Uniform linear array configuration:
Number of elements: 12
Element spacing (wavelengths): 0.75
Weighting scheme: uniform
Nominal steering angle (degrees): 60
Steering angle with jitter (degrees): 61.161
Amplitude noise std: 0.05
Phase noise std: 0.05

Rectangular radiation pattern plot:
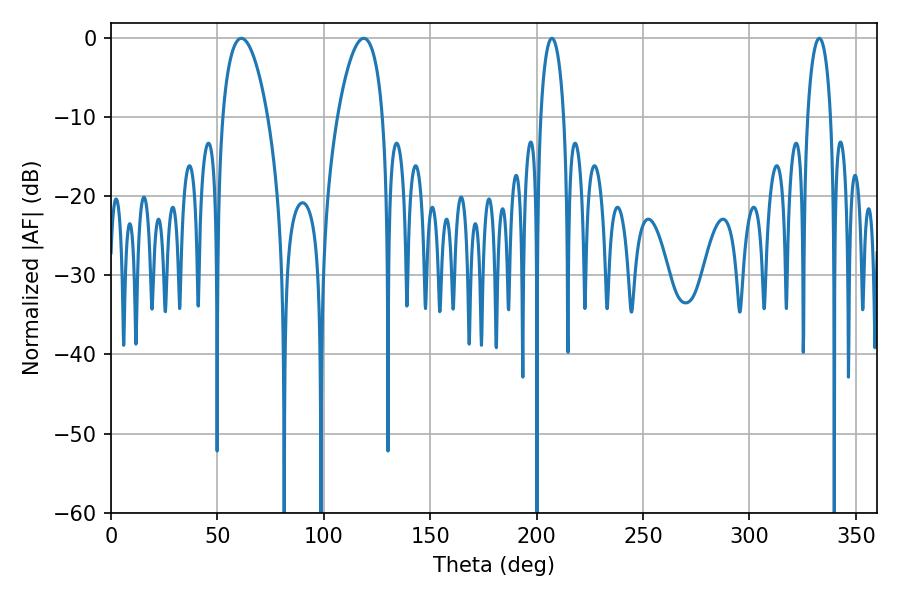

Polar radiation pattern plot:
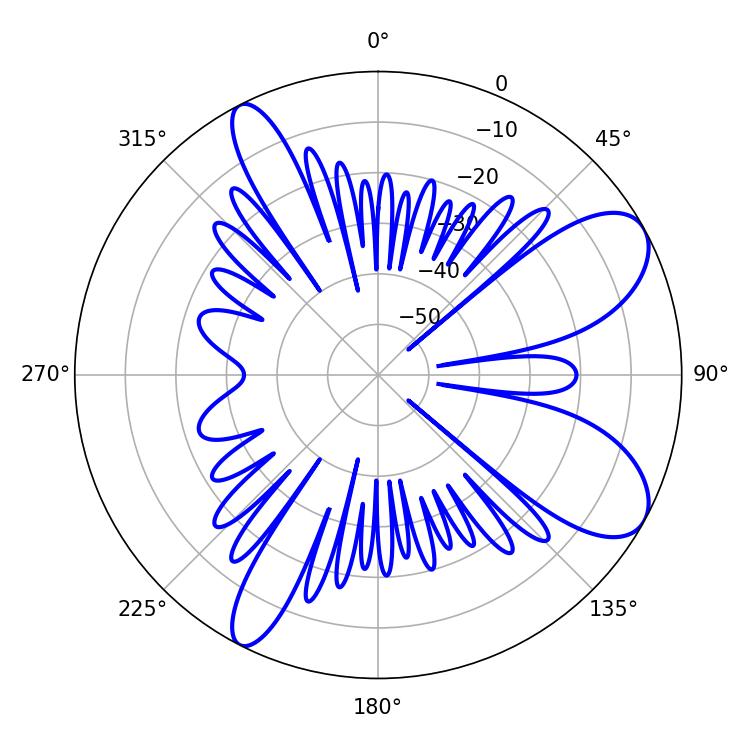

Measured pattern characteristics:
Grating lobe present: TRUE
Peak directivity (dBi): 8.536
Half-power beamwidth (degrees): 6.3
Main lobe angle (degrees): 207.18